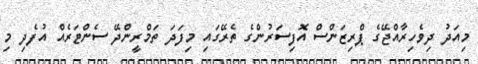
މިއަދު ދިވެހިރާއްޖޭގެ ޕްރިޒަންސް އޮފިސަރުންގެ ތެރޭގައި މިފަދަ ތަމްރީންދޭ ސެންޓަރެއް އުފެދި މި